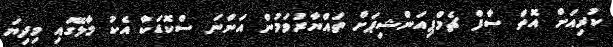
ކުރިއަށް އޮތް ސާފް ޗެމްޕިއަންޝިޕަށް ތައްޔާރުވަމުން އަންނަ ސްކޮޑަކާ އެކު މާލޭގައި މިދިޔަ